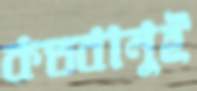
কতবানুই